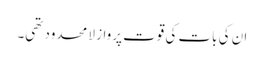
ان کی بات کی قوت پرواز لا محدود تھی۔